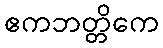
ဧကဘတ္တိကေ